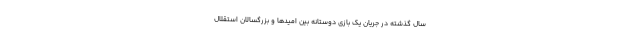
سال گذشته در جریان یک بازی دوستانه بین امیدها و بزرگسالان استقلال